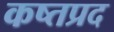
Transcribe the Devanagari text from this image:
कष्तप्रद